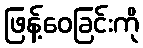
ဖြန့်ဝေခြင်းကို